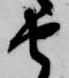
由